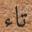
تاء